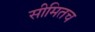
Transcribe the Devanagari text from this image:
सीमितच